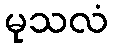
မုသလံ